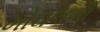
મોઘલની